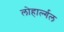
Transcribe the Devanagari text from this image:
लोहार्ल्गल